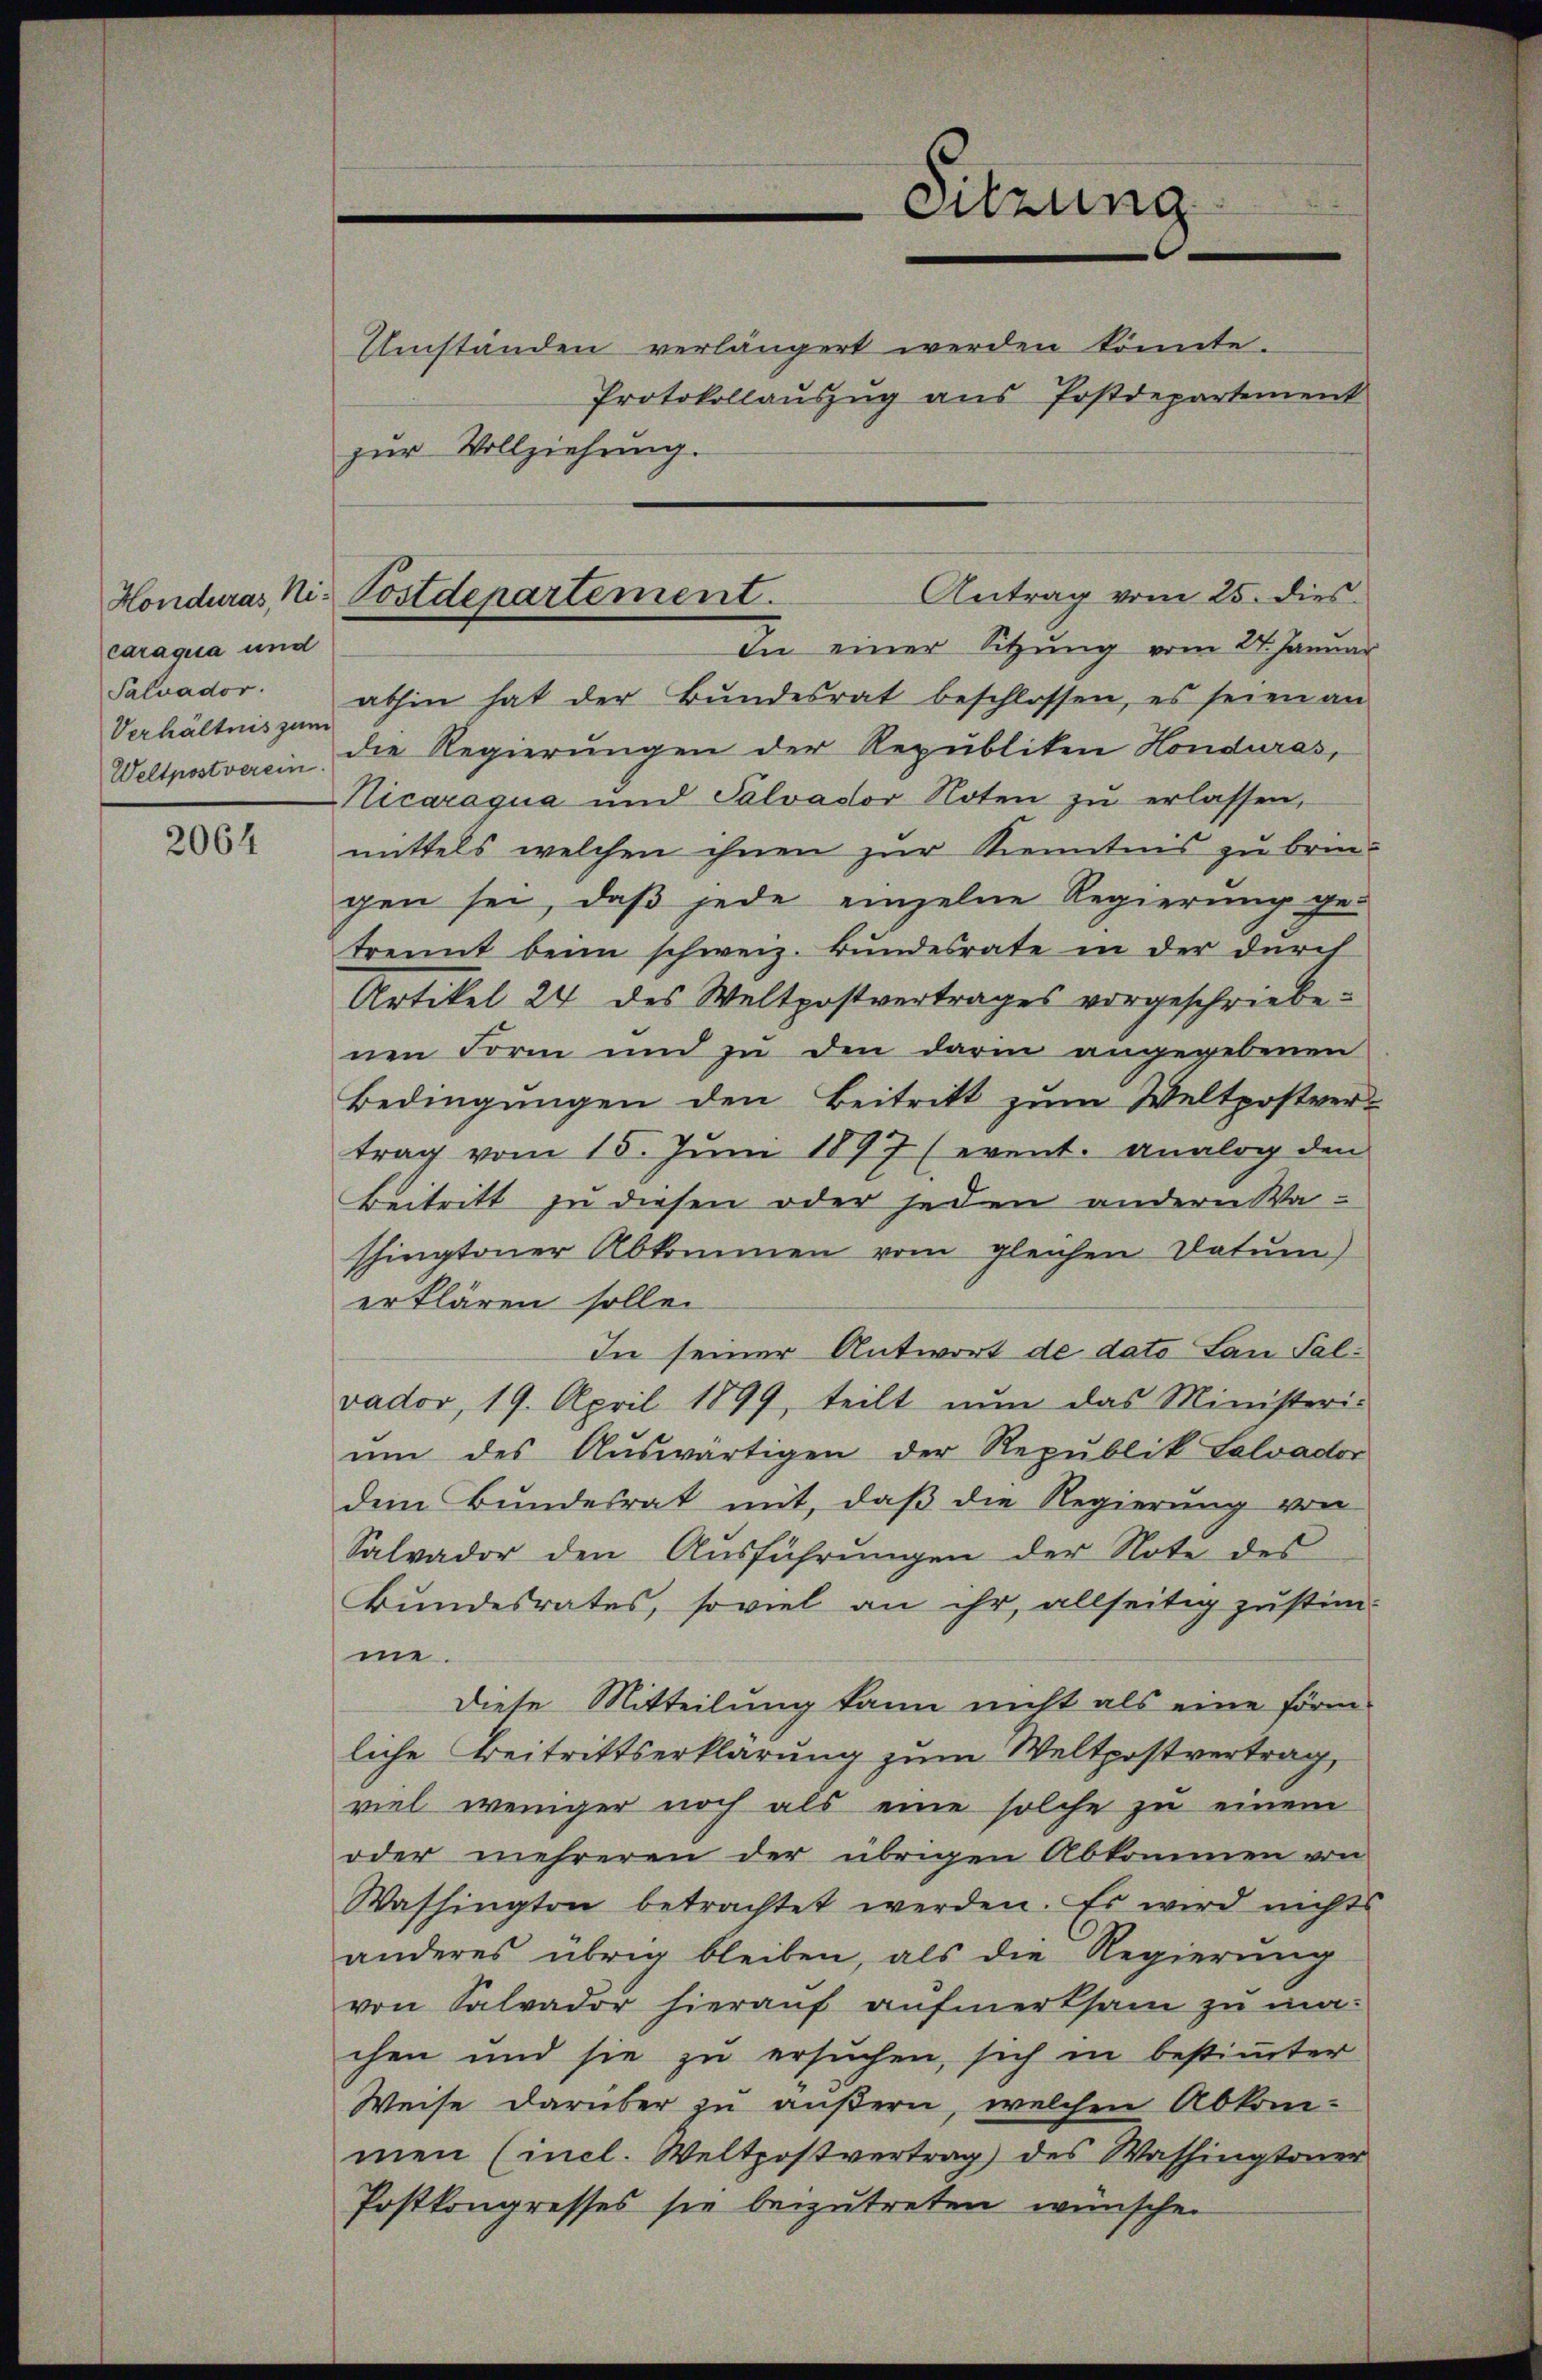
caraqua und
Salvador.
Verhältnis zum
Weltpostverein.

2064

Antrag vom 25. dies
Honduras, Ni. Postdepartement.

zur Vollziehung.

In einer Sitzung vom 24. Januar
abhin hat der Bundesrat beschlossen, es seien an
die Regierungen der Republiken Honduras,
Vicaraqua und Salvador Noten zŭ erlassen,
mittels welchen ihnen zur Kenntnis zu bringen sei, daß jede einzelne Regierung ge-
trennt beim schweiz. Bundesrate in der durch
Artikel 24 des Weltpostvertrages vorgeschriebenen Form und zu den darin angegebenen
Bedingŭngen den Beitritt zŭm Weltpostver-
trag vom 15. Jŭni 1897 (event. analog den
Beitritt zu diesen oder jeden andern Washingtoner Abkommen vom gleichen Datum)
erklären sollen.
In seiner Antwort de dato San Falvador, 19. April 1899, teilt nun das Ministeri-
ŭm des Aŭswärtigen der Republik Salvador
dem Bundesrat mit, daß die Regierung von
Salvador den Ausführungen der Note des
Bundesrates, so viel an ihr, allseitig zustimme.
diese Mitteilung kann nicht als eine förm
liche Beitrittserklärung zum Weltpostvertrag,
viel weniger noch als eine solche zu einem
oder mehreren der übrigen Abkommen von
Washington betrachtet werden. Es wird nichts
anderes übrig bleiben, als die Regierŭng
von Salvador hierauf aufmerksam zu machen und sie zu ersuchen, sich in bestimmter
Weise darüber zu äußern, welchen Abkom-
men (incl. Weltpostvertrag) des Washingtoner
Postkongresses sie beizutreten wünschen

Sitzung

Umständen verlängert werden könnte.
Protokollauszug aus Postdepartement